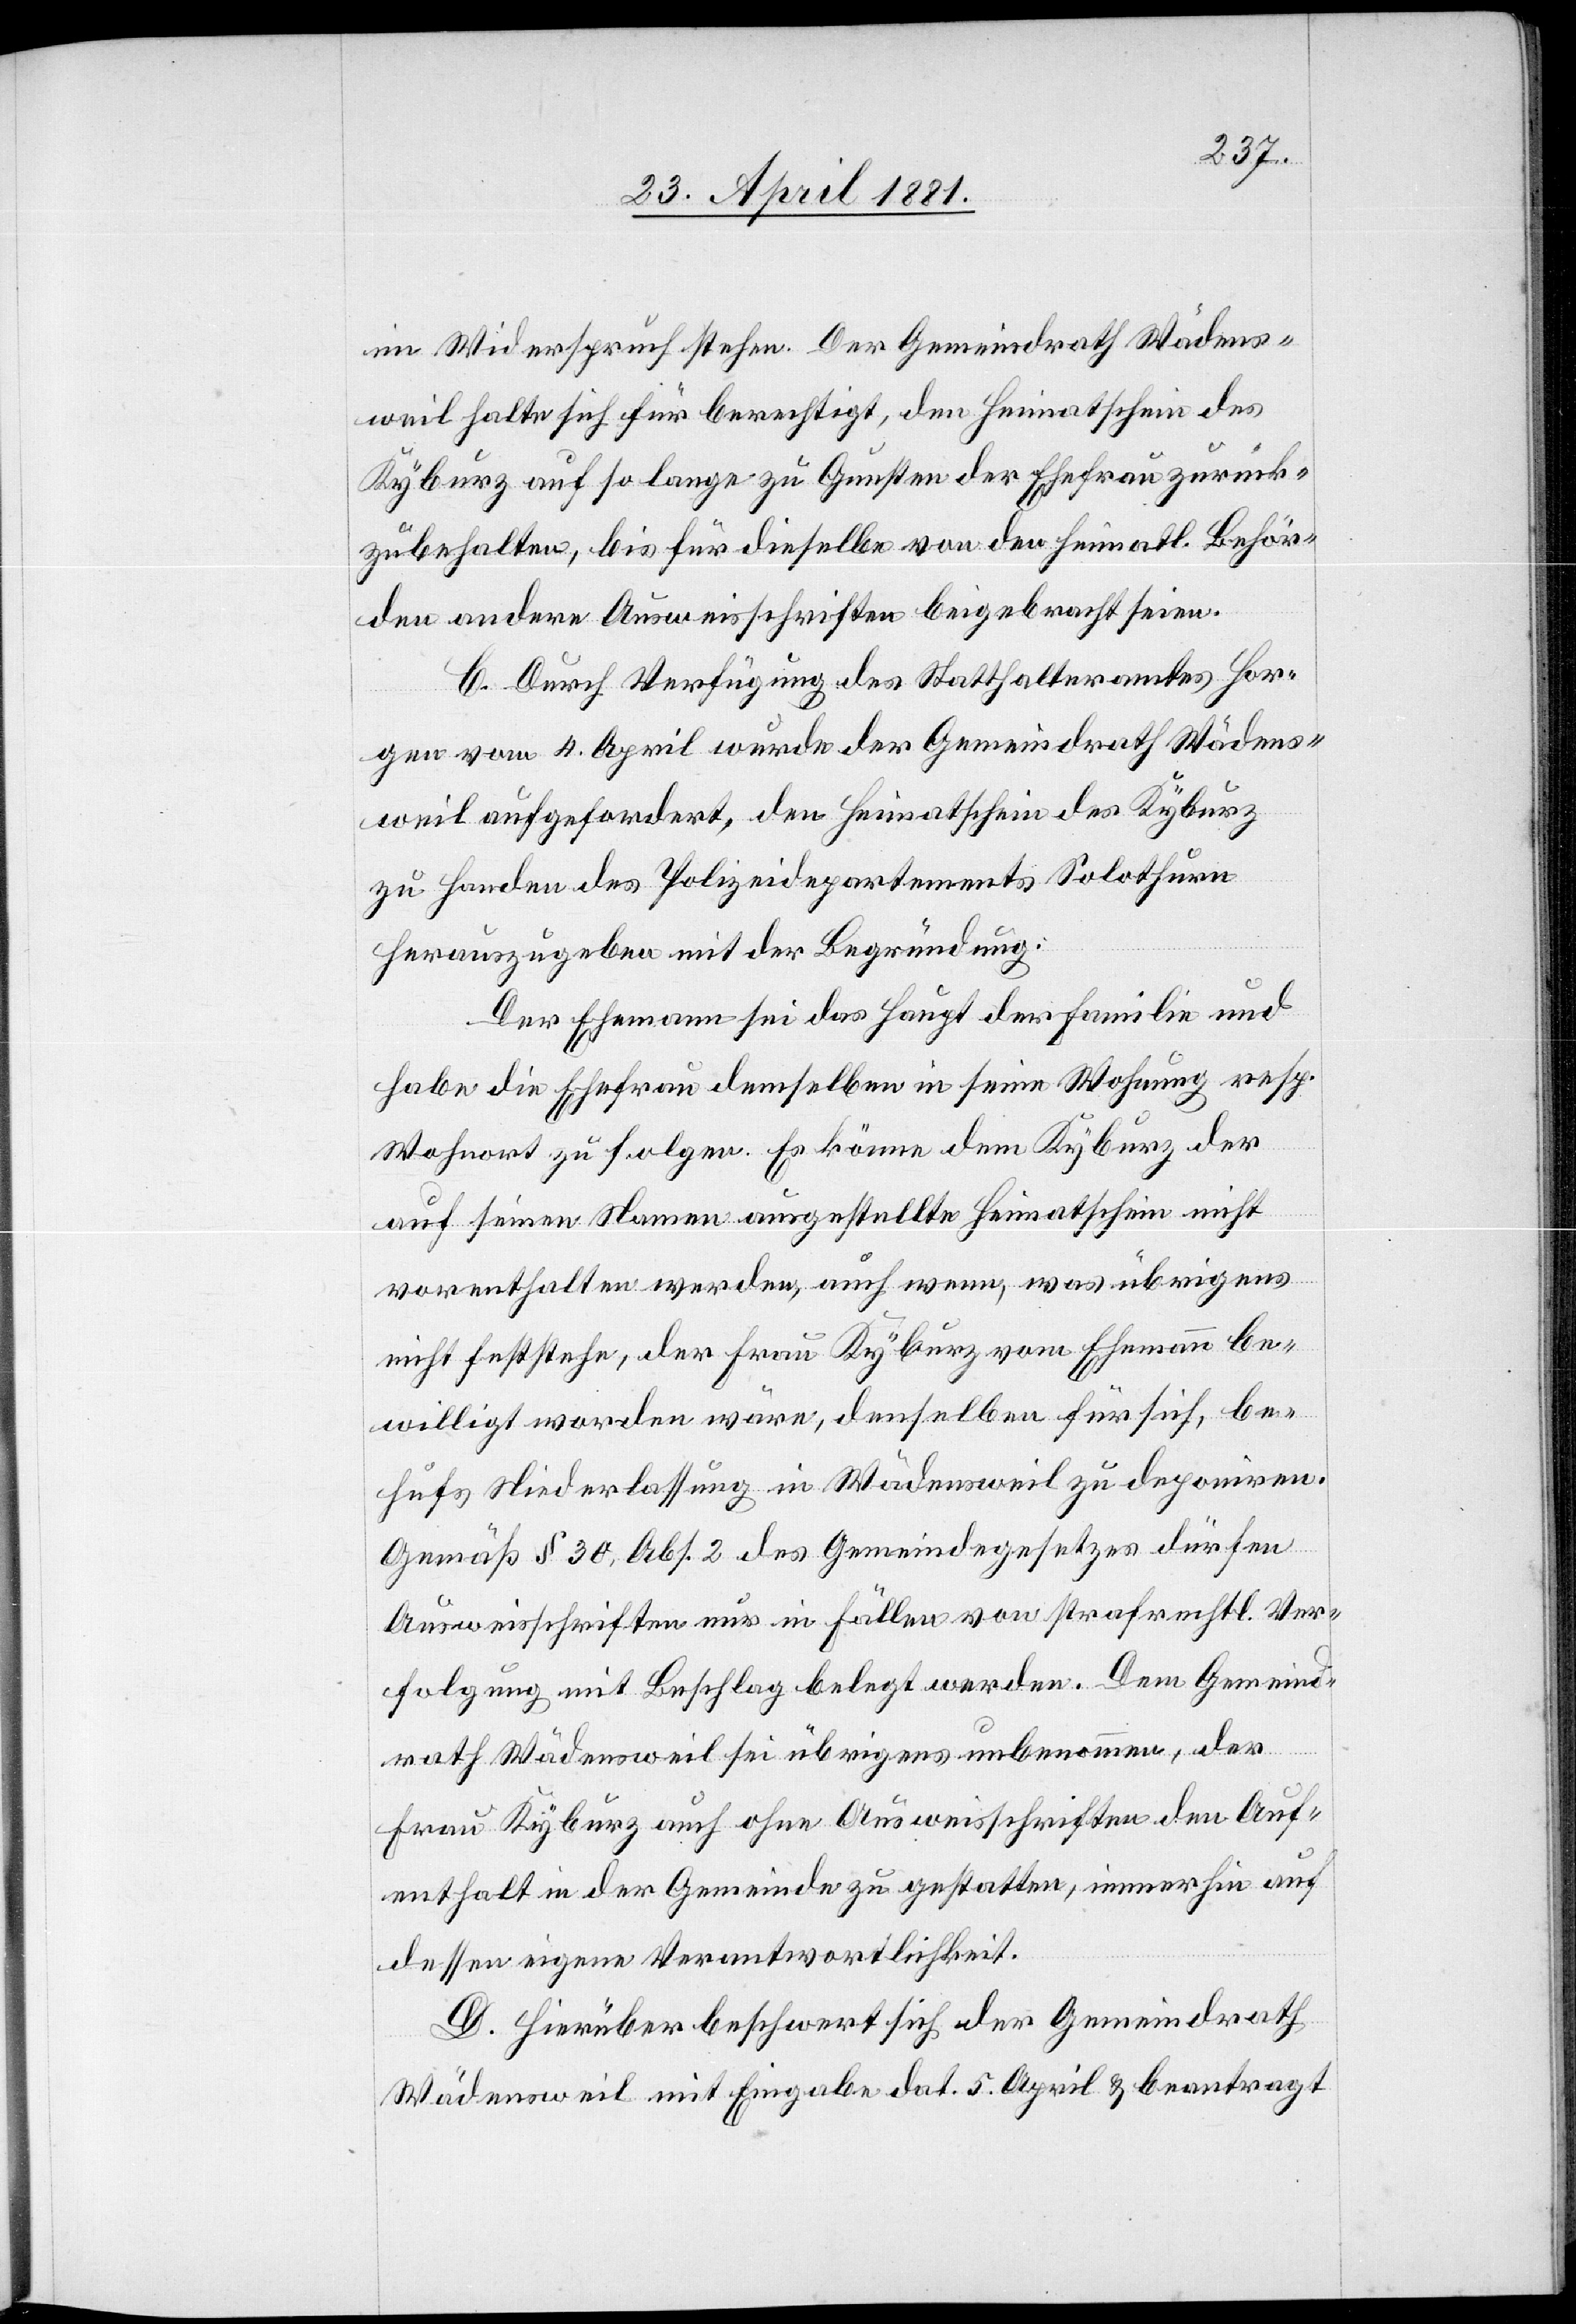
im Widerspruch stehen. Der Gemeindrath Wädens¬
weil halte sich für berechtigt, den Heimatschein des
Kyburz auf so lange zu Gunsten der Ehefrau zurück¬
zubehalten, bis für dieselbe von der heimatl. Behör¬
den andere Ausweisschriften beigebracht seien.
C. Durch Verfügung des Statthalteramt Hor¬
gen vom 4. April wurde der Gemeindrath Wädens¬
weil aufgefordert, den Heimatschein des Kyburz
zu Handen des Polizeidepartements Solothurn
herauszugeben mit der Begründung:
Der Ehemann sei das Haupt der Familie und
habe die Ehefrau demselben in seine Wohnung resp.
Wohnort zu folgen. Es könne dem Kyburz der
auf seinen Namen ausgestellte Heimatschein nicht
vorenthalten werden, auch wenn, was übrigens
nicht feststehe, der Frau Kyburz vom Ehemann be¬
willigt worden wäre, denselben für sich, be¬
hufs Niederlassung in Wädensweil zu deponiren.
Gemäß § 30, Abs. 2 des Gemeindegesetzes dürfen
Ausweisschriften nur in Fällen von strafrechtl. Ver¬
folgung mit Beschlag belegt werden. Dem Gemeind¬
rath Wädensweil sei übrigens unbenommen, der
Frau Kyburz auch ohne Ausweisschriften den Auf¬
enthalt in der Gemeinde zu gestatten, immerhin auf
dessen eigene Verantwortlichkeit.
D. Hierüber beschwert sich der Gemeindrath
Wädensweil mit Eingabe dat. 5. April & beantragt